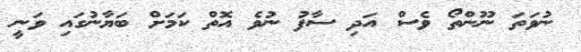
ނުވަތަ ނޫންތޯ ވެސް އަދި ސާފު ނުވެ އޮތް ކަމަށް ބަޔާނުގައި ވަނީ